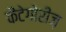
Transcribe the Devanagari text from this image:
कैटेगोरीज़